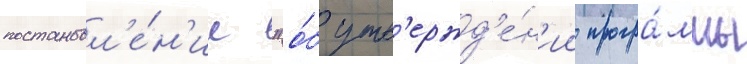
постановл'е́н'ие "о́б утв'ержд'е́н'ии програ́ммы